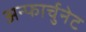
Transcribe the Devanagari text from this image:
अन्फार्चुनेट